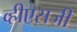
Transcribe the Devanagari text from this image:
व्हीएसजी